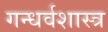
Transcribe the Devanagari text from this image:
गन्धर्वशास्त्र